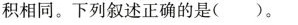
积相同。下列叙述正确的是()。